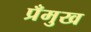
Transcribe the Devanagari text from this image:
प्रँमुख